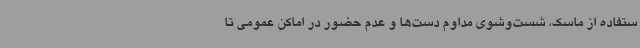
ستفاده از ماسک، شست‌وشوی مداوم دست‌ها و عدم حضور در اماکن عمومی تا